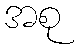
အစု